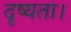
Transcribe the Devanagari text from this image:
दृष्यता।